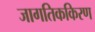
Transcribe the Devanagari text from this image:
जागतिककिरण